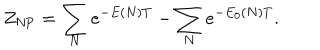
LaTeX: Z _ { \mathrm { N P } } = \sum _ { N } e ^ { - E ( N ) T } - \sum _ { N } e ^ { - E _ { 0 } ( N ) T } .